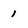
Character: 1